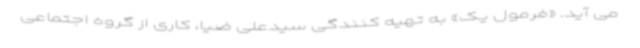
می آید. «فرمول یک» به تهیه کنندگی سیدعلی ضیا، کاری از گروه اجتماعی